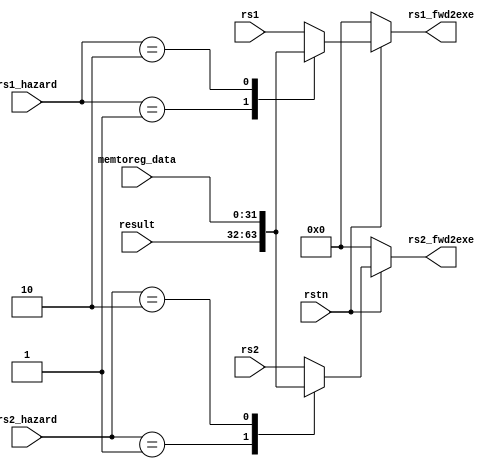
module forwarding(
input 		  rstn,
input wire [31:0] memtoreg_data,
input wire [1:0]  rs1_hazard,
input wire [1:0]  rs2_hazard,
input wire [31:0] result,
input wire [31:0] rs1,
input wire [31:0] rs2,

output reg [31:0] rs1_fwd2exe,
output reg [31:0] rs2_fwd2exe
);

wire [1:0] rs1_haz, rs2_haz;

always @(*)
begin 
if (~rstn) begin
 rs1_fwd2exe <= 0;
 rs2_fwd2exe <= 0;
end

else begin
case (rs1_hazard)
	2'b00:
	rs1_fwd2exe <= rs1;
	
	2'b01:
	rs1_fwd2exe <= result;
	
	2'b10:
	rs1_fwd2exe <= memtoreg_data;
        
        default: rs1_fwd2exe <= rs1;
endcase	

case (rs2_hazard)
	2'b00:
	rs2_fwd2exe <= rs2;
	
	2'b01:
	rs2_fwd2exe <= result;
	
	2'b10:
	rs2_fwd2exe <= memtoreg_data;

	default: rs2_fwd2exe <= rs2;
endcase
	
end
end

endmodule